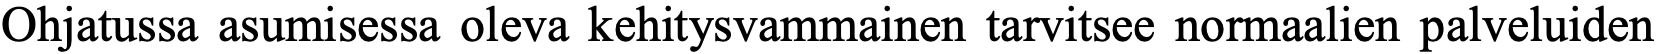
Ohjatussa asumisessa oleva kehitysvammainen tarvitsee normaalien palveluiden